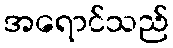
အရောင်သည်